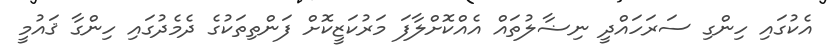
އެކުގައި ހިންގި ސަރަހައްދީ ނިޟާލުތައް އެއްކޮށްލާފަ މަރުކަޒީކޮށް ފަންތިތަކުގެ ދެމެދުގައި ހިންގާ ޤައުމީ